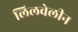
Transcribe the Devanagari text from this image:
लिलवेलीन